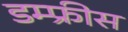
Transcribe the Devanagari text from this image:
डम्फ्रीस